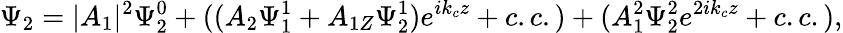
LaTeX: \Psi_{2}=|A_{1}|^{2}\Psi_{2}^{0}+((A_{2}\Psi_{1}^{1}+A_{1Z}\Psi_{2}^{1})e^{ik_{c}z}+c.c.)+(A_{1}^{2}\Psi_{2}^{2}e^{2ik_{c}z}+c.c.),